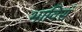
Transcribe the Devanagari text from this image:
भाविसं